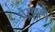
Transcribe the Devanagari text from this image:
घेऱ्याची